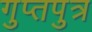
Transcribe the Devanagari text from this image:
गुप्तपुत्र